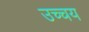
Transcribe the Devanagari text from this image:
उच्चय